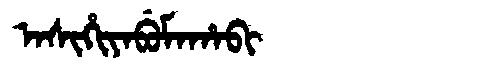
Manchu: ᠠᠰᡳᡥᡳᠶᠠᠪᡠᠮᠠᡥᠠᠪᡳ
Romanization: ASIHIYABUMAHABI